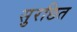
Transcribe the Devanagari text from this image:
सुरछित